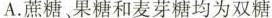
A.蔗糖、果糖和麦芽糖均为双糖